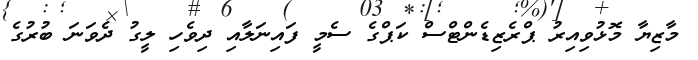
މާޒިޔާ މޮޅުވިއިރު ޕްރެޒިޑެންޓްސް ކަޕްގެ ސެމީ ފައިނަލާއި ދިވެހި ލީގު ދެވަނަ ބުރުގެ